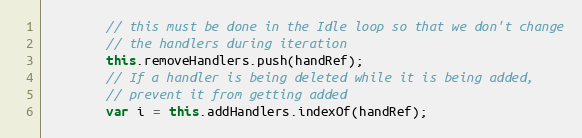
Language: JavaScript
        // this must be done in the Idle loop so that we don't change
        // the handlers during iteration
        this.removeHandlers.push(handRef);
        // If a handler is being deleted while it is being added,
        // prevent it from getting added
        var i = this.addHandlers.indexOf(handRef);